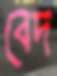
বেদ